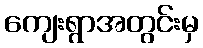
ကျေးရွာအတွင်းမှ